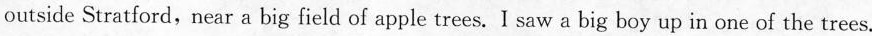
outside Stratford,near a big field of apple trees. I saw a big boy up in one of the trees.